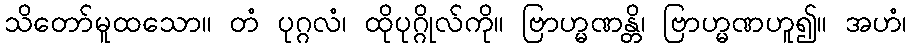
သိတော်မူထသော။ တံ ပုဂ္ဂလံ၊ ထိုပုဂ္ဂိုလ်ကို။ ဗြာဟ္မဏန္တိ၊ ဗြာဟ္မဏဟူ၍။ အဟံ၊